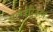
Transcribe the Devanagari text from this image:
एल्गोरिद्म्स